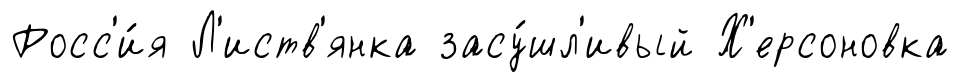
Росс'и́я Л'иств'янка засу́шл'ивый Х'ерсоновка